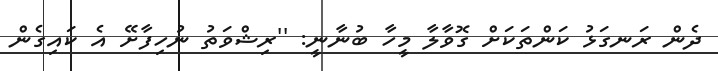
ދެން ރަނގަޅު ކަންތަކަށް ގޮވާލާ މީހާ ބުނާނީ: ''ރިޝްވަތު ނުހިފާށޭ އެ ކައިގެން